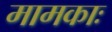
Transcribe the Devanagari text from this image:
मामकाः